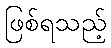
ဖြစ်ရသည့်